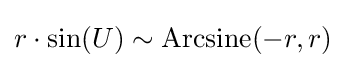
{\textstyle r\cdot \sin(U)\sim {\rm {Arcsine}}(-r,r)}